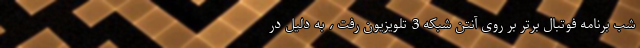
شب برنامه فوتبال برتر بر روی آنتن شبکه 3 تلویزیون رفت ، به دلیل در